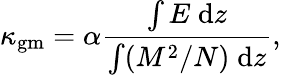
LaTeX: \kappa_{\mathrm{gm}}=\alpha\frac{\int E\; \mathrm{d}z}{\int(M^{2}/N)\; \mathrm{d}z},